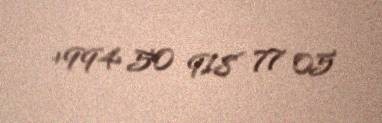
+994 50 918 77 05